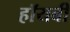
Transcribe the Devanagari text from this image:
हॉयबी